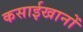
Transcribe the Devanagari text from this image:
कसाईखानों